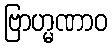
ဗြာဟ္မဏာဝ